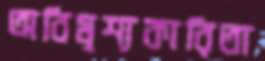
অবিমৃশ্যকারিতা